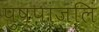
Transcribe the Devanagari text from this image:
पुष्पांजलिं